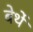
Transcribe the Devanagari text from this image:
बेर्थे